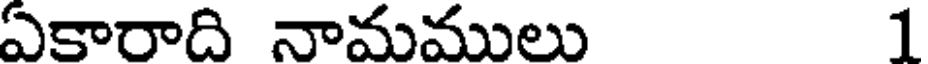
ఏకారాది నామములు 1